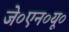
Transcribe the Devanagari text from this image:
जे०एन०यू०